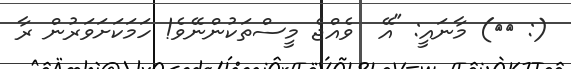
(: ٩٠) މާނައީ: "އޭ  ވެއްޖެ މީސްތަކުންނޭވެ! ހަމަކަށަވަރުން ރާ